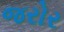
જરોર